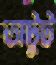
অটুট